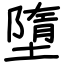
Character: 墮